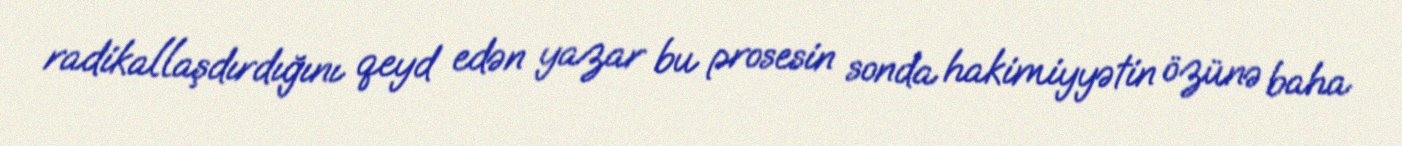
radikallaşdırdığını qeyd edən yazar bu prosesin sonda hakimiyyətin özünə baha